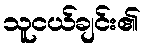
သူငယ်ချင်း၏